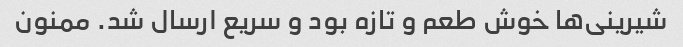
شیرینی‌ها خوش طعم و تازه بود و سریع ارسال شد. ممنون